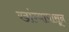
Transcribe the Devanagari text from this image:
खांग्यापासून